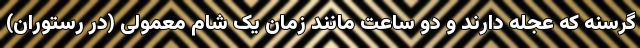
گرسنه که عجله دارند و دو ساعت مانند زمان یک شام معمولی (در رستوران)